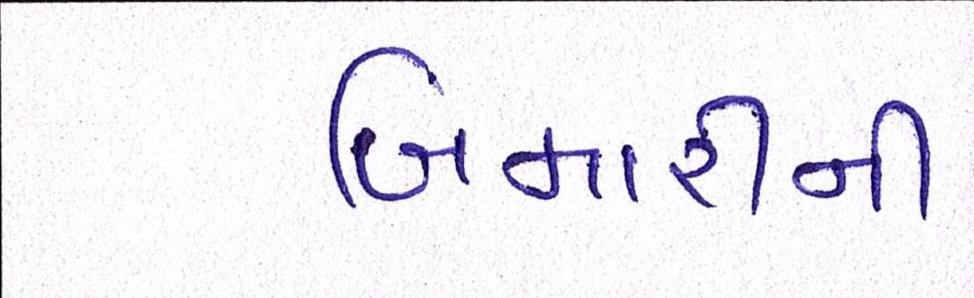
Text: બિમારીની